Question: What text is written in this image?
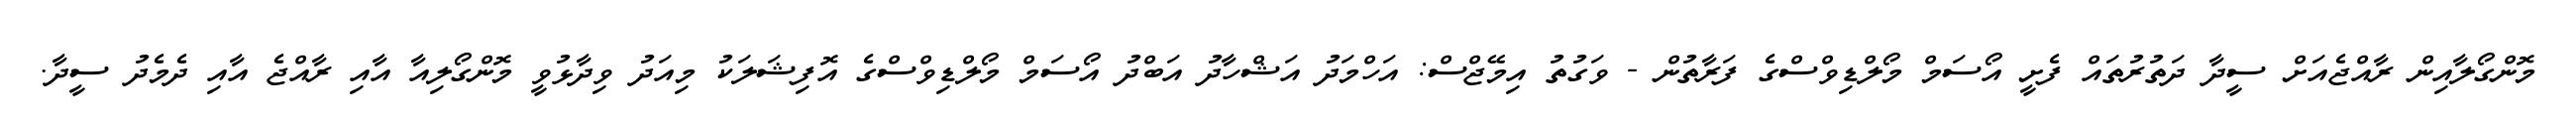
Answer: މޮންގޯލާއިން ރާއްޖެއަށް ސީދާ ދަތުރުތައް ފެށީ އޯސަމް މޯލްޑިވްސްގެ ފަރާތުން - ވަގުތު އިމޭޖްސް: އަހްމަދު އަޝްހާދު އަބްދު އޯސަމް މޯލްޑިވްސްގެ އޮފިޝަލަކު މިއަދު ވިދާޅުވީ މޮންގޯލިއާ އާއި ރާއްޖެ އާއި ދެމެދު ސީދާ.